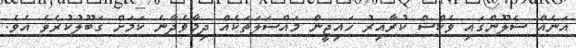
އަނެއް ސެލޫންގައި ވެކްސް ކުރާއިރު ހައިޖީން މައްސަލަތަކެއް ދިމާވެދާނެ ކަމަށް ގަބޫލުކުރެވެ އެވެ.